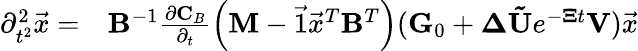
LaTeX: \begin{array}{rl}{\partial_{t^{2}}^{2}\vec{x}=}&{{}\mathbf{B}^{-1}\frac{\partial\mathbf{C}_{B}}{\partial_{t}}\left(\mathbf{M}-\vec{1}\vec{x}^{T}\mathbf{B}^{T}\right)(\mathbf{G}_{0}+\mathbf{\Delta}\mathbf{\tilde{U}}e^{-\mathbf{\Xi}t}\mathbf{V})\vec{x}}\end{array}